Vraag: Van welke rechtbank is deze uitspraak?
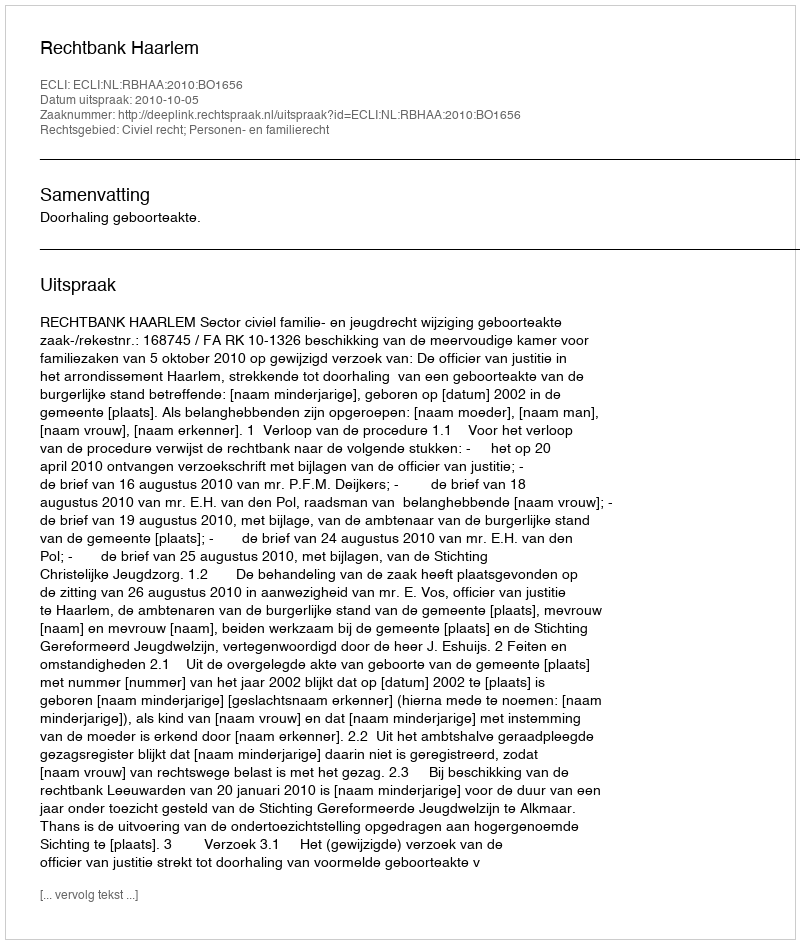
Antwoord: Rechtbank Haarlem